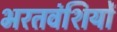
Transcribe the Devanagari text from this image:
भरतवंशियों